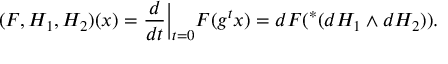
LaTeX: ( F , H _ { 1 } , H _ { 2 } ) ( x ) = \frac { d } { d t } \Big | _ { t = 0 } F ( g ^ { t } x ) = d F ( ^ { * } ( d H _ { 1 } \wedge d H _ { 2 } ) ) .